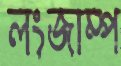
লংজাম্প